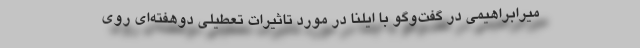
میرابراهیمی در گفت‌وگو با ایلنا در مورد تاثیرات تعطیلی دوهفته‌ای روی